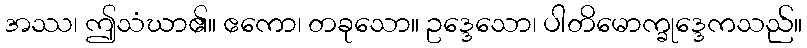
အဿ၊ ဤသံဃာ၏။ ဧကော၊ တခုသော။ ဥဒ္ဒေသော၊ ပါတိမောက္ခုဒ္ဒေကသည်။